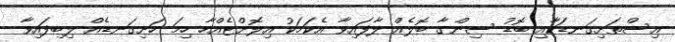
އިސްތަށިގަނޑަކާއި ބޮޑު ސިންގާ ބޮލެއް ލާފައިވާ އެކަމަކު އިލޮށްޓެއްހާ ހިމަ ހަށިގަނޑެއް ލިބިފައިވާ